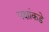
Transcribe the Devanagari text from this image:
पक्षांकडे